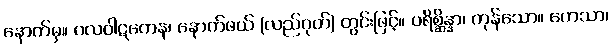
နောက်မှ။ ဂလဝါဋကေန၊ နောက်ဖယ် (လည်ဂုတ်) တွင်းဖြင့်။ ပရိစ္ဆိန္နာ၊ ကုန်သော။ ကေသာ၊